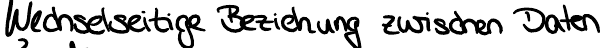
Wechselseitige Beziehung zwischen Daten